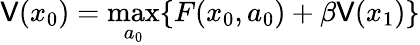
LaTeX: \mathsf{V}(x_{0})=\operatorname*{max}_{a_{0}}\{ F(x_{0},a_{0})+\beta\mathsf{V}(x_{1})\}